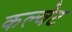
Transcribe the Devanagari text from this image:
कल्वेट